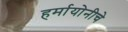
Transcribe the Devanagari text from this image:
हर्मायोनीचे